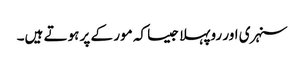
سنہری اور روپہلا جیسا کہ مور کے پر ہوتے ہیں۔